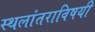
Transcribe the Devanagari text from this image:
स्थलांतराविषयी